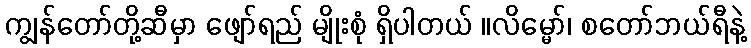
ကျွန်တော်တို့ဆီမှာ ဖျော်ရည် မျိုးစုံ ရှိပါတယ် ။လိမ္မော်၊ စတော်ဘယ်ရီနဲ့